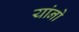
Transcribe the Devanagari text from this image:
यांनो